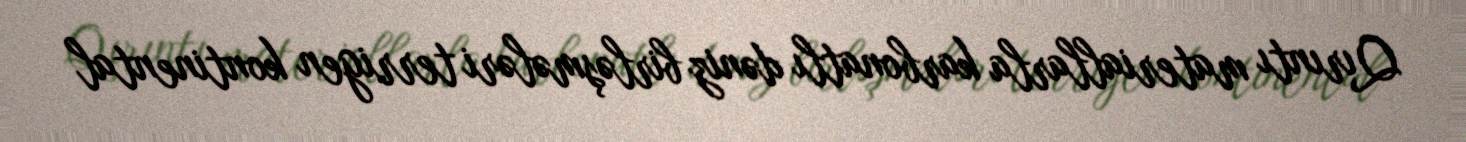
Qırıntı materiallarla karbonatlı dəniz birləşmələri terrigen kontinental